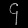
Digit: ၄